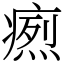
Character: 𤹐